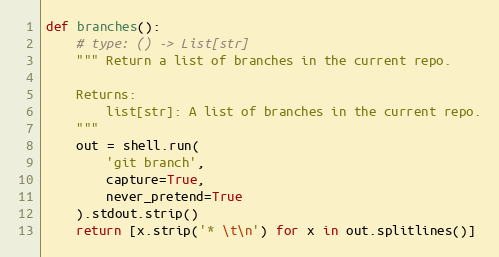
Language: Python
def branches():
    # type: () -> List[str]
    """ Return a list of branches in the current repo.

    Returns:
        list[str]: A list of branches in the current repo.
    """
    out = shell.run(
        'git branch',
        capture=True,
        never_pretend=True
    ).stdout.strip()
    return [x.strip('* \t\n') for x in out.splitlines()]